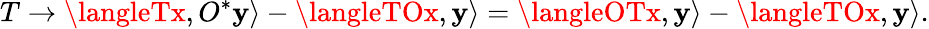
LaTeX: T\to\langleTx,O^{*}\mathbf{y}\rangle-\langleTOx,\mathbf{y}\rangle=\langleOTx,\mathbf{y}\rangle-\langleTOx,\mathbf{y}\rangle.